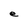
Character: e